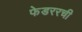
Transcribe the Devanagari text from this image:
फेडररची